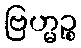
ဗြဟ္မဉ္စ